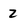
Character: 2